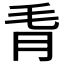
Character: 𪵗